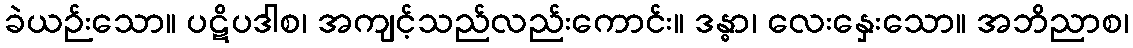
ခဲယဉ်းသော။ ပဋိပဒါစ၊ အကျင့်သည်လည်းကောင်း။ ဒန္ဓာ၊ လေးနှေးသော။ အဘိညာစ၊